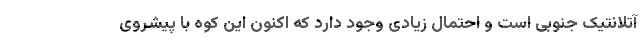
آتلانتیک جنوبی است و احتمال زیادی وجود دارد که اکنون این کوه با پیشروی